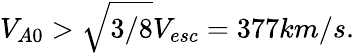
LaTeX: V_{A0}>\sqrt{3/8}V_{esc}=377km/s.